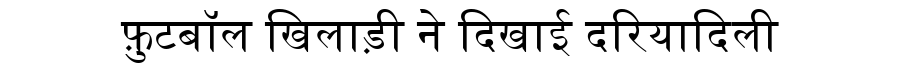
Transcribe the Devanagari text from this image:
फ़ुटबॉल खिलाड़ी ने दिखाई दरियादिली